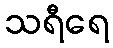
သရီရေ